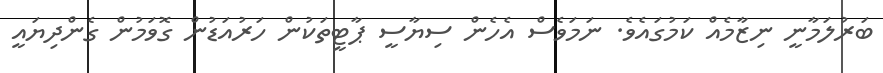
ބަރުލަމާނީ ނިޒާމެއް ކަމުގައެވެ. ނަމަވެސް އެހެން ސިޔާސީ ޕާޓީތަކުން ހަރުއަޑުން ގޮވަމުން ގެންދިޔައީ